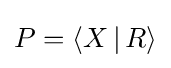
P=\langle X\,|\,R\rangle